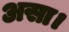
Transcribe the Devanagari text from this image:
असा।